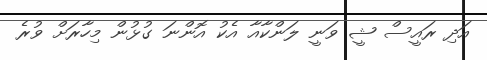
އަދި ރައީސް ޝީ ވަނީ ލަންކާއާ އެކު އޮންނަ ގުޅުން މިހާރަށް ވުރެ